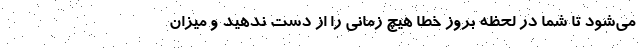
می‌شود تا شما در لحظه بروز خطا هیچ زمانی را از دست ندهید و میزان